Malaria in India - Number 2
Disease focus: Malaria
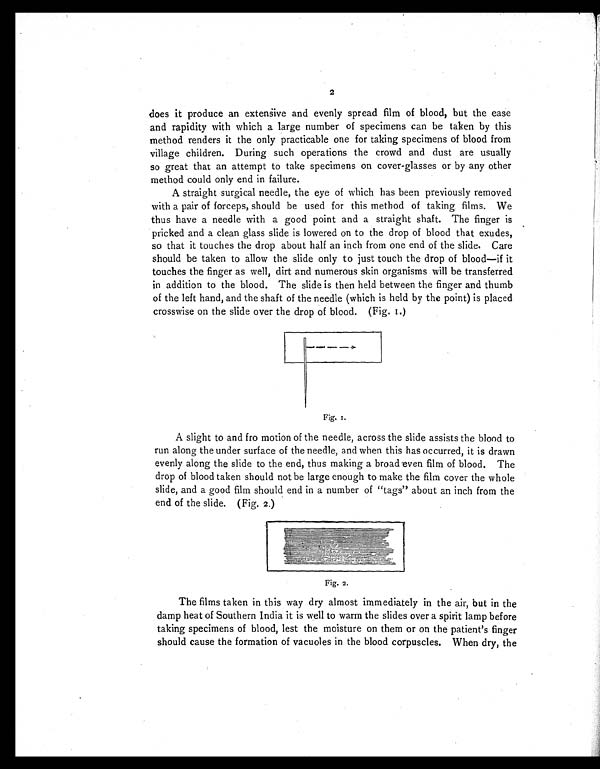
2
does it produce an extensive and evenly spread film of blood, but the ease
and rapidity with which a large number of specimens can be taken by this
method renders it the only practicable one for taking specimens of blood from
village children. During such operations the crowd and dust are usually
so great that an attempt to take specimens on cover-glasses or by any other
method could only end in failure.
A straight surgical needle, the eye of which has been previously removed
with a pair of forceps, should be used for this method of taking films. We
thus have a needle with a good point and a straight shaft. The finger is
pricked and a clean glass slide is lowered on to the drop of blood that exudes,
so that it touches the drop about half an inch from one end of the slide. Care
should be taken to allow the slide only to just touch the drop of blood—if it
touches the finger as well, dirt and numerous skin organisms will be transferred
in addition to the blood. The slide is then held between the finger and thumb
of the left hand, and the shaft of the needle (which is held by the point) is placed
crosswise on the slide over the drop of blood. (Fig. I.)
Fig. i.
A slight to and fro motion of the needle, across the slide assists the blood to
run along the under surface of the needle, and when this has occurred, it is drawn
evenly along the slide to the end, thus making a broad even film of blood. The
drop of blood taken should not be large enough to make the film cover the whole
slide, and a good film should end in a number of "tags" about an inch from the
end of the slide. (Fig. 2.)
Fig. 2.
The films taken in this way dry almost immediately in the air, but in the
damp heat of Southern India it is well to warm the slides over a spirit lamp before
taking specimens of blood, lest the moisture on them or on the patient's finger
should cause the formation of vacuoles in the blood corpuscles. When dry, the